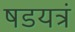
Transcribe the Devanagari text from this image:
षडयत्रं